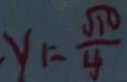
y _ { 1 } = \frac { \sqrt { 1 0 } } { 4 }